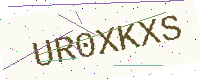
Text: UR0XKXS